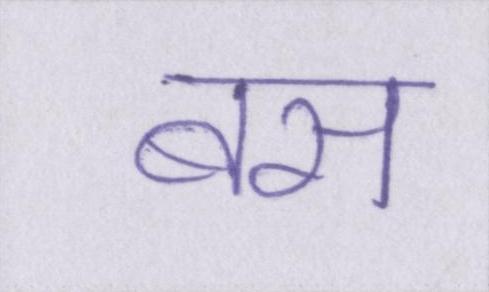
बस